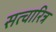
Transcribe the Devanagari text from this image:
सत्चारित्र